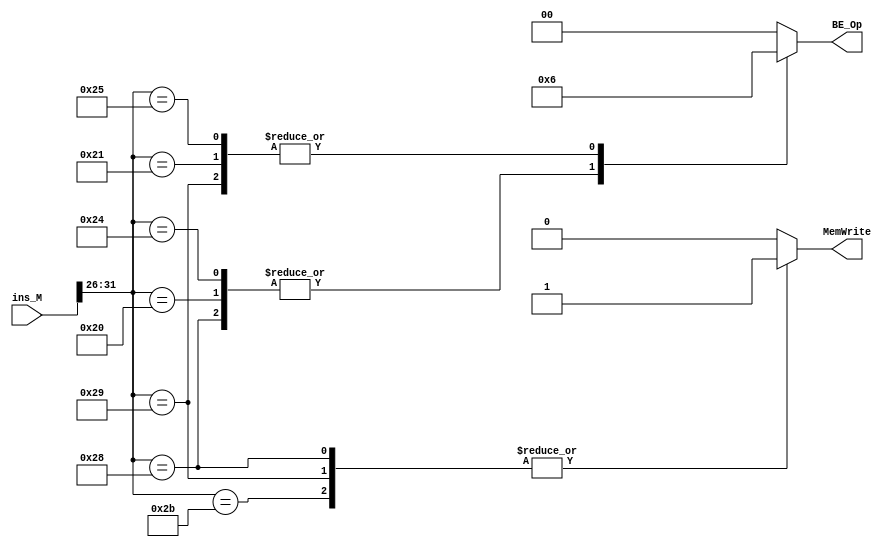
`timescale 1ns / 1ps
//////////////////////////////////////////////////////////////////////////////////
// Company: 
// Engineer: 
// 
// Design Name: 
// Module Name:    M_ctrl 
// Project Name: 
// Target Devices: 
// Tool versions: 
// Description: 
//
// Dependencies: 
//
// Revision: 
// Revision 0.01 - File Created
// Additional Comments: 
//
//////////////////////////////////////////////////////////////////////////////////
module M_ctrl(
    ins_M,MemWrite,BE_Op
    );
	input[31:0] ins_M;
	output reg MemWrite;
	output reg [1:0] BE_Op;
	initial begin
		MemWrite=0;
		BE_Op=0;
	end
	always@(*)
	begin
		MemWrite=0;
		BE_Op=0;
		case(ins_M[31:26])
			6'b101011: //sw
			begin
				MemWrite=1;
				BE_Op=0;
			end
			6'b101000: //sb
			begin
				MemWrite=1;
				BE_Op=1;
			end
			6'b101001: //sh
			begin
				MemWrite=1;
				BE_Op=2;
			end
			6'b100011:	//lw
				BE_Op=0;
			6'b100000:	//lb
				BE_Op=1;
			6'b100100:	//lbu
				BE_Op=1;
			6'b100001:	//lh
				BE_Op=2;
			6'b100101:	//lhu
				BE_Op=2;
		endcase
	end

endmodule